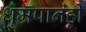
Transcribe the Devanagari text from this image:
धुम्रपानही